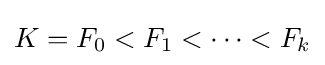
K=F_{0}<F_{1}<\cdots <F_{k}